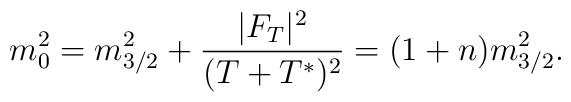
m_0^2=m_{3/2}^2 +\frac{|F_T|^2}{(T+T^*)^2}=(1+n)m_{3/2}^2.